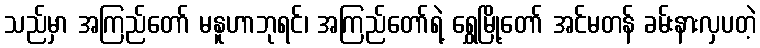
သည်မှာ အကြည်တော် မနူဟာဘုရင်၊ အကြည်တော်ရဲ့ ရွှေမြို့တော် အင်မတန် ခမ်းနားလှပတဲ့